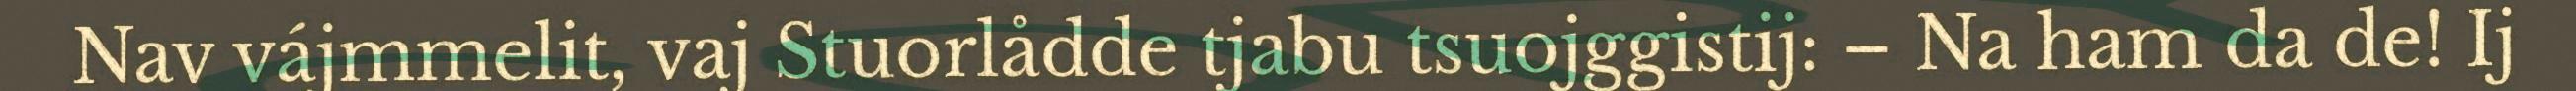
Nav vájmmelit, vaj Stuorlådde tjabu tsuojggistij: – Na ham da de! Ij